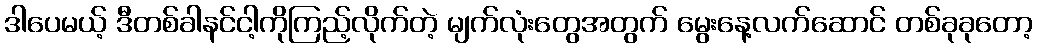
ဒါပေမယ့် ဒီတစ်ခါနင်ငါ့ကိုကြည့်လိုက်တဲ့ မျက်လုံးတွေအတွက် မွေးနေ့လက်ဆောင် တစ်ခုခုတော့